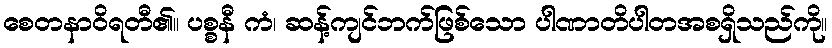
စေတနာဝိရတီ၏။ ပစ္စနီ ကံ၊ ဆန့်ကျင်ဘက်ဖြစ်သော ပါဏာတိပါတအစရှိသည်ကို။